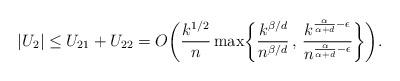
LaTeX: \begin{align*}|U_2| \leq U_{21} + U_{22} = O\biggl(\frac{k^{1/2}}{n}\max\biggl\{\frac{k^{\beta/d}}{n^{\beta/d}} \, , \, \frac{k^{\frac{\alpha}{\alpha+d} - \epsilon}}{n^{\frac{\alpha}{\alpha+d} - \epsilon}}\biggr\}\biggr).\end{align*}